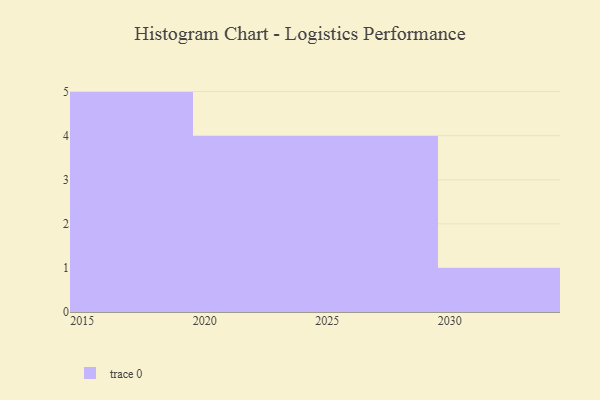
{"axis": {"x": "Year", "y": "Inventory Turnover"}, "legend": [""], "data": [{"x": "2025", "y": 37, "type": ""}, {"x": "2022", "y": 6, "type": ""}, {"x": "2019", "y": 90, "type": ""}, {"x": "2029", "y": 32, "type": ""}, {"x": "2028", "y": 9, "type": ""}, {"x": "2017", "y": 24, "type": ""}, {"x": "2024", "y": 94, "type": ""}, {"x": "2018", "y": 84, "type": ""}, {"x": "2030", "y": 89, "type": ""}, {"x": "2020", "y": 86, "type": ""}, {"x": "2016", "y": 71, "type": ""}, {"x": "2015", "y": 3, "type": ""}, {"x": "2023", "y": 1, "type": ""}, {"x": "2027", "y": 64, "type": ""}]}